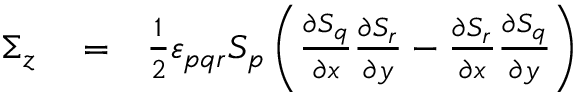
\begin{array} { r l r } { \Sigma _ { z } } & { { } = } & { \frac { 1 } { 2 } \varepsilon _ { p q r } S _ { p } \left( \frac { \partial S _ { q } } { \partial x } \frac { \partial S _ { r } } { \partial y } - \frac { \partial S _ { r } } { \partial x } \frac { \partial S _ { q } } { \partial y } \right) } \end{array}